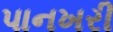
પાનખરી